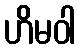
ဟိမဝါ